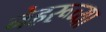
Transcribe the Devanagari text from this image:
नेहरूच्या